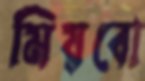
মিয়বো